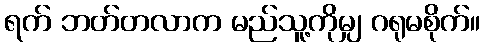
ရက် ဘတ်တလာက မည်သူ့ကိုမျှ ဂရုမစိုက်။